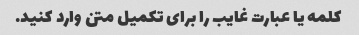
کلمه یا عبارت غایب را برای تکمیل متن وارد کنید.